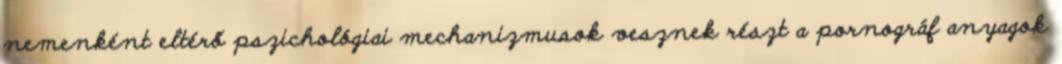
nemenként eltérő pszichológiai mechanizmusok vesznek részt a pornográf anyagok